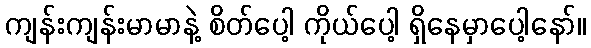
ကျန်းကျန်းမာမာနဲ့ စိတ်ပေါ့ ကိုယ်ပေါ့ ရှိနေမှာပေါ့နော်။